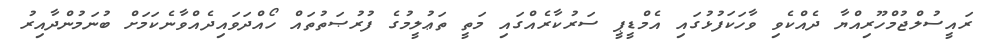
ރައީސުލްޖުމްހޫރިއްޔާ ދެއްކެވި ވާހަކަފުޅުގައި އެމްޑީޕީ ސަރުކާރެއްގައި މަތީ ތަޢުލީމުގެ ފުރުޞަތުތައް ހޯއްދަވައިދެއްވާނެކަމަށް ބުނަމުންދާއިރު